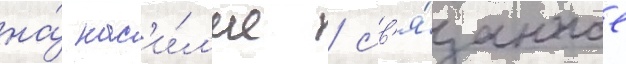
на́ нас'и́л'ие / св'я́занное